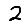
Digit: 2